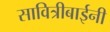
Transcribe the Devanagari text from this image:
सावित्रीबाईनी